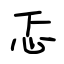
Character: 忑